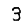
Digit: 3